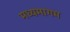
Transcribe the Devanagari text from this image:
मध्यमागम